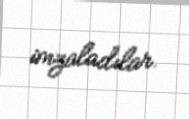
imzaladılar.